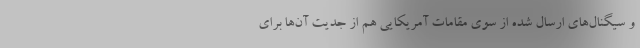
و سیگنال‌های ارسال شده از سوی مقامات آمریکایی هم از جدیت آن‌ها برای